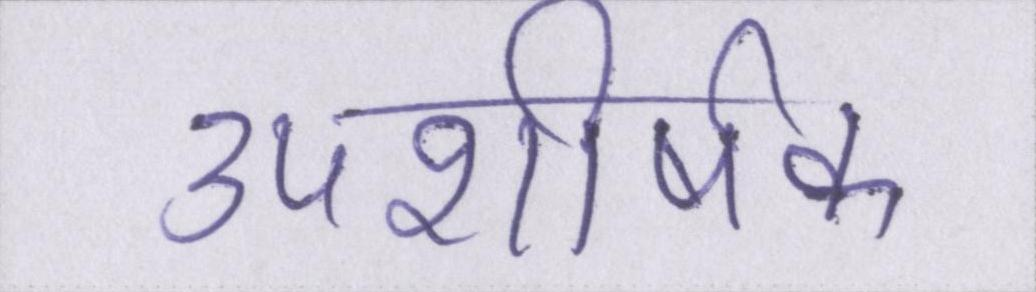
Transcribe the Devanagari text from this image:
उपशीर्षक